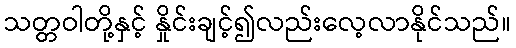
သတ္တဝါတို့နှင့် နှိုင်းချင့်၍လည်းလေ့လာနိုင်သည်။